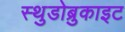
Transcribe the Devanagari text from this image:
स्थुडोब्रुकाइट